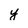
Character: y